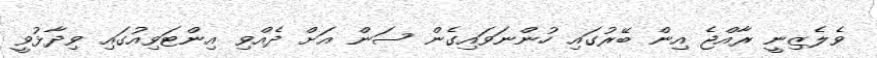
ވެލެޒިނީ ރާއްޖެ އިން ބޭރުގައި ހުންނަވައިގެން ސަން އަށް ދެއްވި އިންޓަވިއުގައި ވިދާޅުވީ